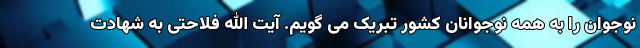
نوجوان را به همه نوجوانان کشور تبریک می گویم. آیت الله فلاحتی به شهادت